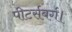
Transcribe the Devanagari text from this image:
पीटर्सबर्ग।